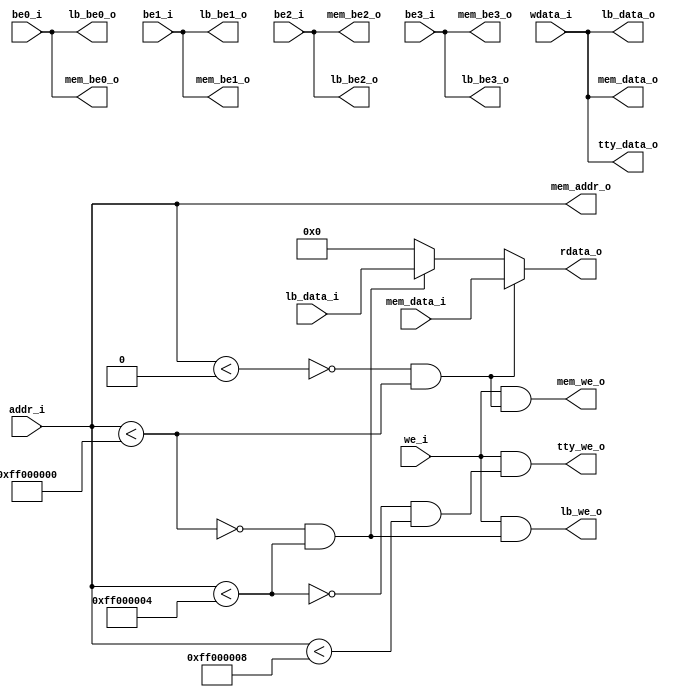
//
//   ______     ___________  ___     ____   ____     _                _     _
//  |  _ \ \   / /___ /___ \|_ _|   / ___| / ___|   | |    ___   __ _(_)___(_)
//  | |_) \ \ / /  |_ \ __) || |    \___ \| |       | |   / _ \ / _` | / __| | '_ ` _ \
//  |  _ < \ V /  ___) / __/ | |     ___) | |___    | |__| (_) | (_| | \__ \ | | | | | |
//  |_| \_\ \_/  |____/_____|___|___|____/ \____|___|_____\___/ \__, |_|___/_|_| |_| |_|
//                             |_____|         |_____|          |___/
//
// Project  https://github.com/meiniKi/RV32I_SC_Logisim/           
// Author   Meinhard Kissich
//
// Usage    Bus to connect CPU to peripherals
//
//

module sc_bus (
   input  wire [31:0]   wdata_i,
   output wire [31:0]   lb_data_o,
   output wire [31:0]   mem_data_o,
   output wire [31:0]   tty_data_o,
   input  wire          be0_i,
   input  wire          be1_i,
   input  wire          be2_i,
   input  wire          be3_i,
   output wire          lb_be0_o,
   output wire          lb_be1_o,
   output wire          lb_be2_o,
   output wire          lb_be3_o,
   output wire          mem_be0_o,
   output wire          mem_be1_o,
   output wire          mem_be2_o,
   output wire          mem_be3_o,
   input  wire [31:0]   addr_i,
   output wire [31:0]   mem_addr_o,
   input  wire          we_i,
   output wire          mem_we_o,
   output wire          lb_we_o,
   output wire          tty_we_o,
   input  wire [31:0]   lb_data_i,
   input  wire [31:0]   mem_data_i,
   output wire [31:0]   rdata_o
);

   localparam MEM_LOWER = 32'h00000000;
   localparam MEM_UPPER = 32'hFF000000;
   localparam LB_LOWER  = 32'hFF000000;
   localparam LB_UPPER  = 32'hFF000004;
   localparam TTY_LOWER = 32'hFF000004;
   localparam TTY_UPPER = 32'hFF000008;

   wire is_mem_addr;
   wire is_lb_addr;
   wire is_tty_addr;

   assign lb_be0_o   = be0_i;
   assign mem_be0_o  = be0_i;
   assign lb_be1_o   = be1_i;
   assign mem_be1_o  = be1_i;
   assign lb_be2_o   = be2_i;
   assign mem_be2_o  = be2_i;
   assign lb_be3_o   = be3_i;
   assign mem_be3_o  = be3_i;

   assign lb_data_o  = wdata_i;
   assign mem_data_o = wdata_i;
   assign tty_data_o = wdata_i;

   assign mem_addr_o = addr_i;

   assign is_mem_addr   = (~(addr_i < MEM_LOWER)) && (addr_i < MEM_UPPER);
   assign is_lb_addr    = (~(addr_i < LB_LOWER))  && (addr_i < LB_UPPER);
   assign is_tty_addr   = (~(addr_i < TTY_LOWER)) && (addr_i < TTY_UPPER);
   
   assign mem_we_o   = we_i & is_mem_addr;
   assign lb_we_o    = we_i & is_lb_addr;
   assign tty_we_o   = we_i & is_tty_addr;

   assign rdata_o =  is_mem_addr ? mem_data_i :
                     is_lb_addr  ? lb_data_i :
                                   32'b0;

endmodule